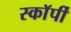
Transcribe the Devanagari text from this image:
स्काॅर्पी